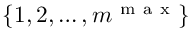
\{ 1 , 2 , \ldots , m ^ { \mathrm { ~ m ~ a ~ x ~ } } \}